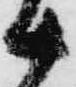
十